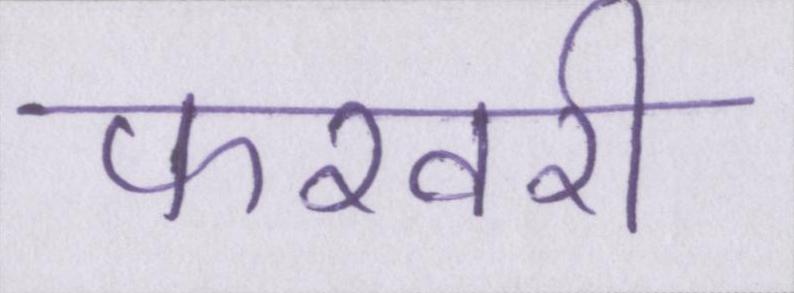
फरवरी